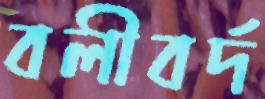
বলীবর্দ